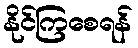
နိုင်ကြစေရန်